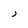
Character: j